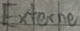
Text: Externe